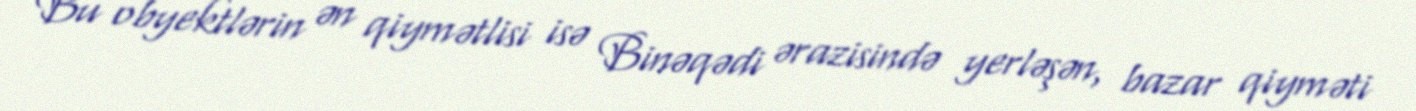
Bu obyektlərin ən qiymətlisi isə Binəqədi ərazisində yerləşən, bazar qiyməti